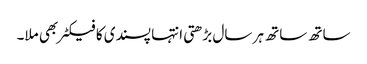
ساتھ ساتھ ہر سال بڑھتی انتہا پسندی کا فیکٹر بھی ملا۔